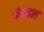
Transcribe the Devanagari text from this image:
कॅथ्रेडल